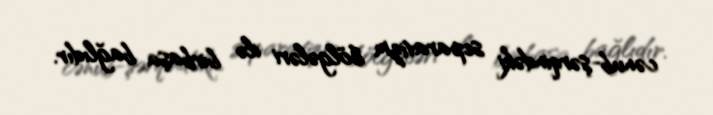
cənub-şərqindəki separatizm bölgələri ilə birbaşa bağlıdır.